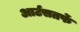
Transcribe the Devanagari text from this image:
आर्टसतर्फे